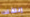
إنتقلت